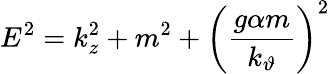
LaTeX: E^{2}=k_{z}^{2}+m^{2}+\left(\frac{g\alpha m}{k_{\vartheta}}\right)^{2}